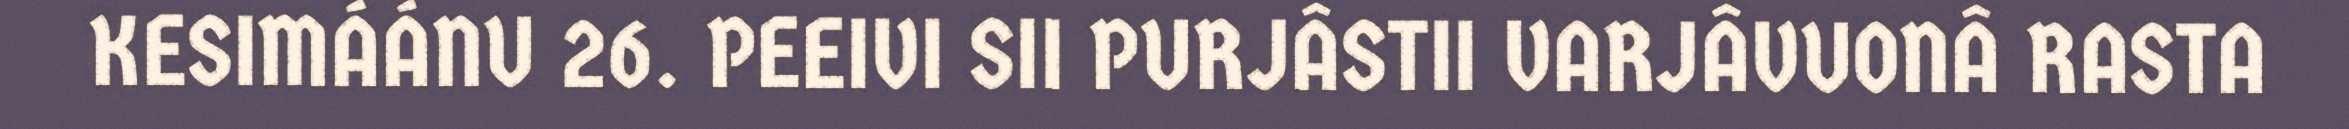
KESIMÁÁNU 26. PEEIVI SII PURJÂSTII VARJÂVUONÂ RASTA